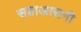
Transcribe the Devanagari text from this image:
सहाआसनी